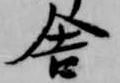
舎